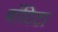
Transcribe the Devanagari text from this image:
बाॅटिटा